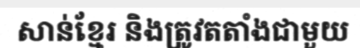
សាន់ខ្មែរ និងត្រូវតតាំងជាមួយ